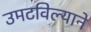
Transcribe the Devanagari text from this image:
उमटविल्याने